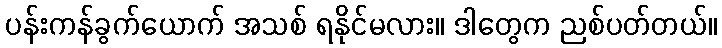
ပန်းကန်ခွက်ယောက် အသစ် ရနိုင်မလား။ ဒါတွေက ညစ်ပတ်တယ်။